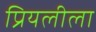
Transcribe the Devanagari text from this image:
प्रियलीला